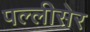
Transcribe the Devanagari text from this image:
पल्लीसेर